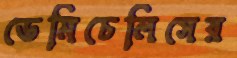
ডেমিচেলিসের